Indian journal of veterinary science and animal husbandry - Volumes 22-23, 1952-1953
Year: 1952
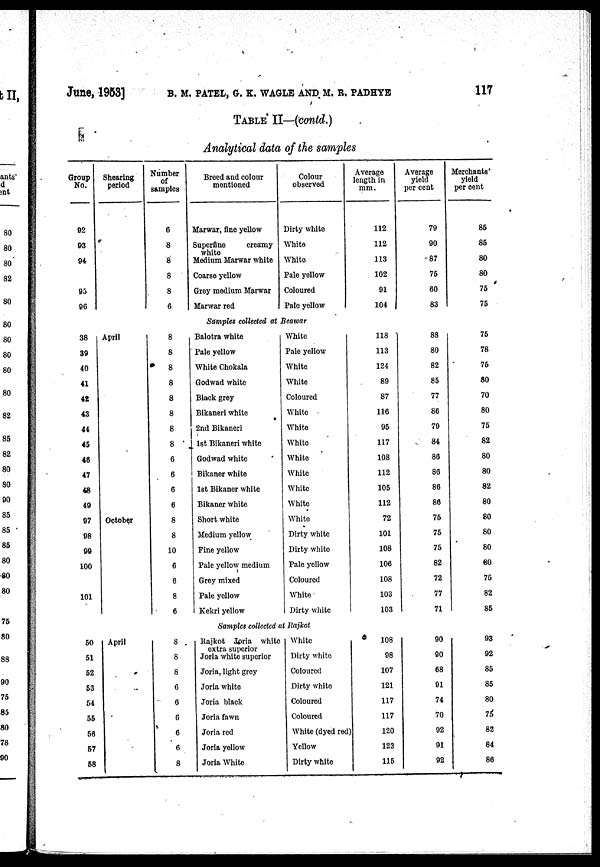
June, 1953] B. M. PATEL, G. K. WAGLE AND M. R. PADHYE 117
TABLE II—(contd.)
Analytical data of the samples
Group
No.
92
93
94
95
96
Shearing
period
Number
of
samples
6
8
8
8
8
6
Breed and colour
mentioned
Marwar, fine yellow
Superfine
creamy
white
Medium Marwar white
Coarse yellow
Grey medium Marwar
Marwar red
Colour
observed
Dirty white
White
White
Pale yellow
Coloured
Pale yellow
Average
length in
mm.
112
112
113
102
91
104
Average
yield
per cent
79
90
87
75
60
83
Merchants'
yield
per cent
85
85
80
80
75
75
Samples collected at Beawar
38
39
40
41
42
43
44
45
46
47
48
49
97
98
99
100
101
April
October
8
8
8
8
8
8
8
8
6
6
6
6
8
8
10
6
6
8
6
Balotra white
Pale yellow
White Chokala
Godwad white
Black grey
Bikaneri white
2nd Bikaneri
1st Bikaneri white
Godwad white
Bikaner white
1st Bikaner white
Bikaner white
Short white
Medium yellow
Fine yellow
Pale yellow medium
Grey mixed
Pale yellow
Kekri yellow
White
Pale yellow
White
White
Coloured
White
White
White
White
White
White
White
White
Dirty white
Dirty white
Pale yellow
Coloured
White
Dirty white
118
113
124
89
87
116
95
117
108
112
105
112
72
101
108
106
108
103
103
88
80
82
85
77
86
79
84
86
86
86
86
75
75
75
82
72
77
71
75
78
75
80
70
80
75
82
80
80
82
80
80
80
80
80
75
82
85
Samples collected at Rajkot
50
51
52
53
54
55
56
57
58
April
8
8
8
6
6
6
6
6
8
Rajkot Joria white
extra superior
Joria white superior
Joria, light grey
Joria white
Joria black
Joria fawn
Joria red
Joria yellow
Joria White
White
Dirty white
Coloured
Dirty white
Coloured
Coloured
White (dyed red )
Yellow
Dirty white
108
98
107
121
117
117
120
123
115
90
90
68
91
74
70
92
91
92
93
92
85
85
80
75
82
84
86